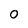
Character: O